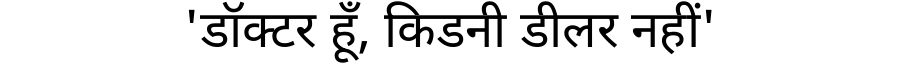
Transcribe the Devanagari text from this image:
'डॉक्टर हूँ, किडनी डीलर नहीं'